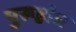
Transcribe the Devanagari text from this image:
पुरूहोत्र